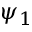
\psi _ { 1 }